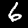
Label: 6